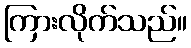
ကြားလိုက်သည်။